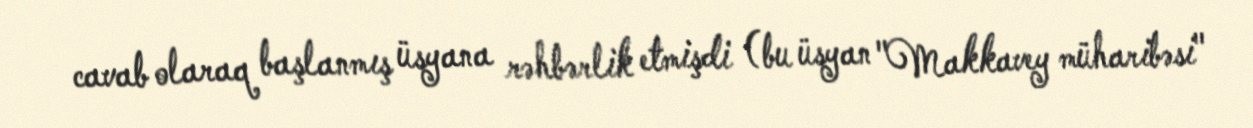
cavab olaraq başlanmış üsyana rəhbərlik etmişdi (bu üsyan "Makkavey müharibəsi"